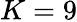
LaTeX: K=9